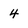
Character: 4